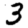
Digit: 3